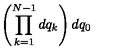
\left( \prod _ { k = 1 } ^ { N - 1 } d q _ { k } \right) d q _ { 0 }